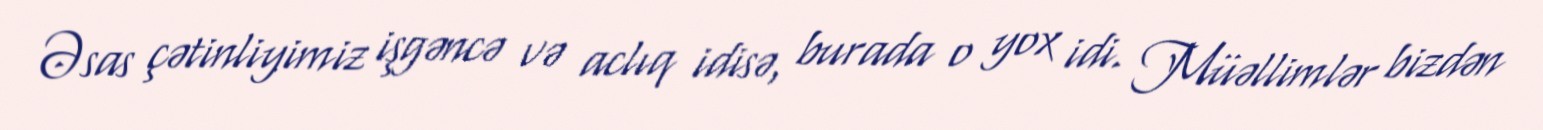
Əsas çətinliyimiz işgəncə və aclıq idisə, burada o yox idi. Müəllimlər bizdən